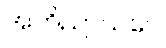
အဘိညာယပေ